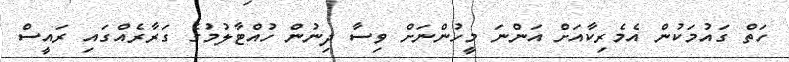
ހަތް ގައުމަކުން އެމެރިކާއަށް އަންނަ މީހުންނަށް ވިސާ ދިނުން ހުއްޓާލުމުގެ ގަރާރެއްގައި ރައީސް